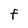
Character: F